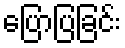
ပြောပြခြင်း